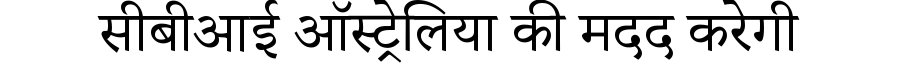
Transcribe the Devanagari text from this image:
सीबीआई ऑस्ट्रेलिया की मदद करेगी